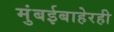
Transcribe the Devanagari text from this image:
मुंबईबाहेरही